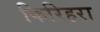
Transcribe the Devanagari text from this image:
किरिहरा